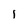
Character: l